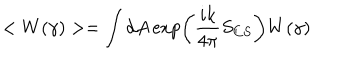
< W ( \gamma ) > = \int d A \exp \left( { \frac { i k } { 4 \pi } } S _ { C S } \right) W ( \gamma )